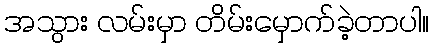
အသွား လမ်းမှာ တိမ်းမှောက်ခဲ့တာပါ။